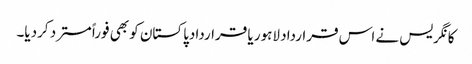
کانگریس نے اس قرارداد لاہور یا قراردادپاکستان کو بھی فوراً مسترد کردیا۔